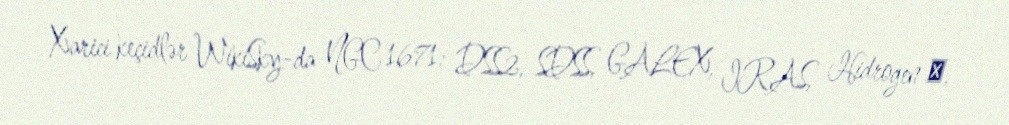
Xarici keçidlər WikiSky-da NGC 1671: DSS2, SDSS, GALEX, IRAS, Hidrogen α,